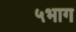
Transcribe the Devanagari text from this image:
५भाग